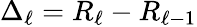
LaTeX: \Delta_{\ell}=R_{\ell}-R_{\ell-1}